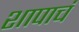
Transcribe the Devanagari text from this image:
शापाचं